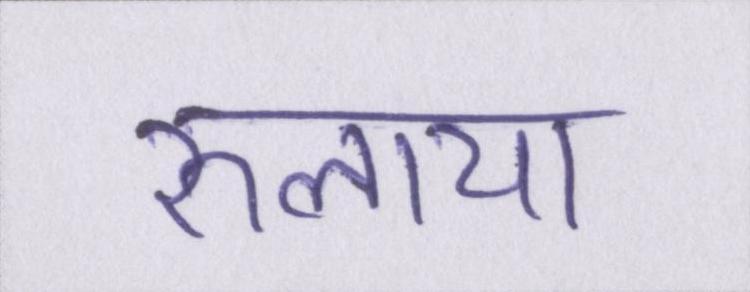
रुलाया